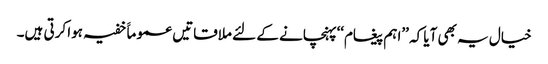
خیال یہ بھی آیا کہ ’’اہم پیغام‘‘پہنچانے کے لئے ملاقاتیں عموماََ خفیہ ہوا کرتی ہیں۔